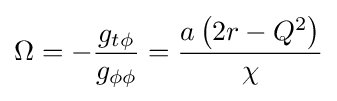
\Omega =-{\frac {g_{t\phi }}{g_{\phi \phi }}}={\frac {a\left(2r-Q^{2}\right)}{\chi }}